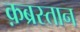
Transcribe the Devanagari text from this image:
क़ब्रस्तान